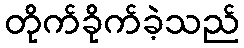
တိုက်ခိုက်ခဲ့သည်